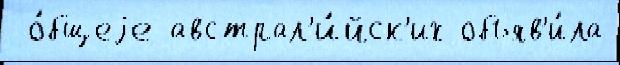
 о́бщеjе австрал'и́йск'их объяв'и́ла